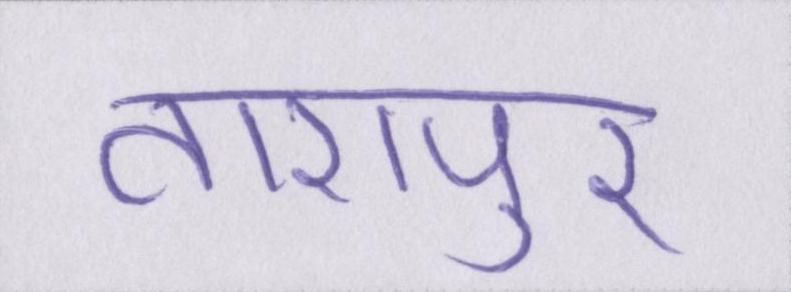
तारापुर